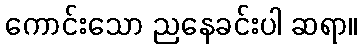
ကောင်းသော ညနေခင်းပါ ဆရာ။